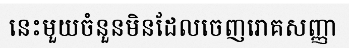
នេះមួយចំនួនមិនដែលចេញរោគសញ្ញា